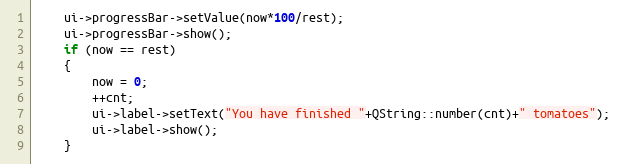
Language: C++
    ui->progressBar->setValue(now*100/rest);
    ui->progressBar->show();
    if (now == rest)
    {
        now = 0;
        ++cnt;
        ui->label->setText("You have finished "+QString::number(cnt)+" tomatoes");
        ui->label->show();
    }